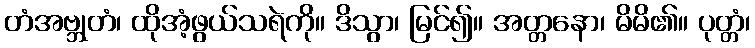
တံအဗ္ဘုတံ၊ ထိုအံ့ဖွယ်သရဲကို။ ဒိသွာ၊ မြင်၍။ အတ္တနော၊ မိမိ၏။ ပုတ္တံ၊